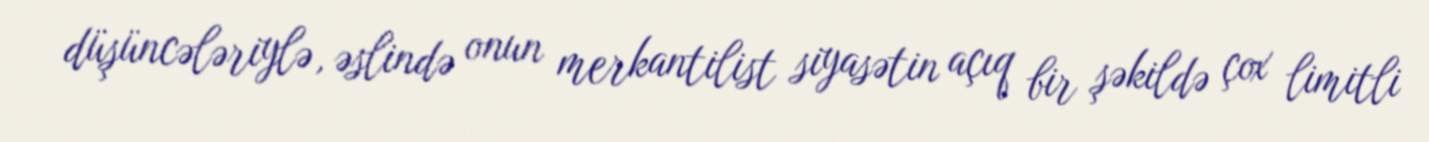
düşüncələriylə, əslində onun merkantilist siyasətin açıq bir şəkildə çox limitli